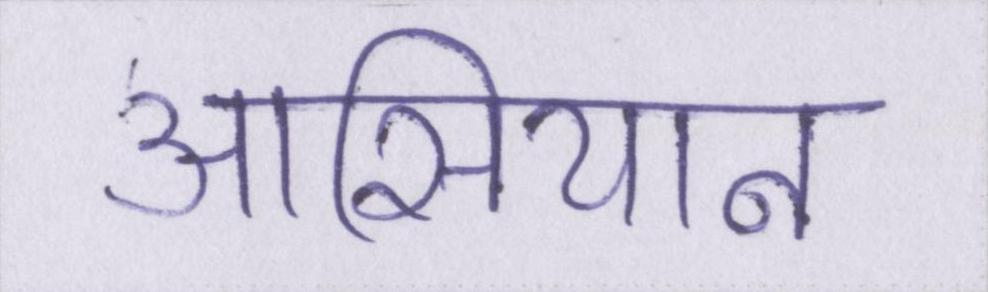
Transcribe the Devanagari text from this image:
आसियान